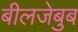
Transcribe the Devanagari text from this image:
बीलजेबुब